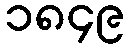
၁၈၄၉